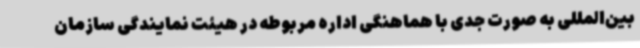
بین‌المللی به صورت جدی با هماهنگی اداره مربوطه در هیئت نمایندگی سازمان